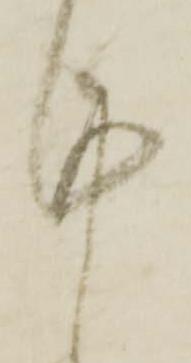
謹